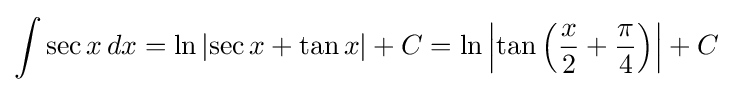
\int \sec x\,dx=\ln \left|\sec x+\tan x\right|+C=\ln \left|\tan \left({\dfrac {x}{2}}+{\dfrac {\pi }{4}}\right)\right|+C